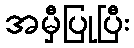
အမှီပြုပြီး